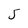
Character: J